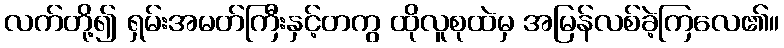
လက်တို့၍ ရှမ်းအမတ်ကြီးနှင့်တကွ ထိုလူစုထဲမှ အမြန်လစ်ခဲ့ကြလေ၏။